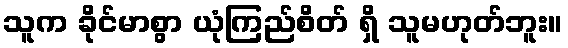
သူက ခိုင်မာစွာ ယုံကြည်စိတ် ရှိ သူမဟုတ်ဘူး။